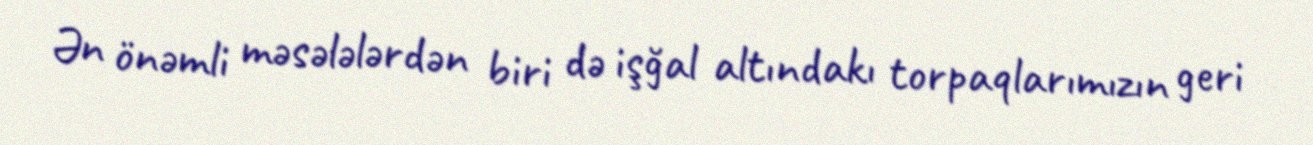
Ən önəmli məsələlərdən biri də işğal altındakı torpaqlarımızın geri